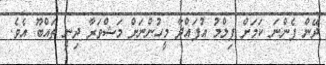
ދޭން ފެންނަ ކަމަށް ފިލްމު އުފައްދާ މީހުންނަށް މަޝްވަރާ ދިނީ ތައްބޫ އެވެ.